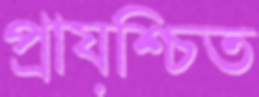
প্রায়শ্চিত